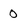
Character: 0